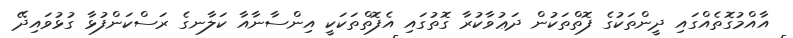
އާއްމުގޮތެއްގައި ދީންތަކުގެ ފޮތްތަކުން ދަޢުވާކުރާ ގޮތުގައި އެފޮތްތަކަކީ އިންސާނާއާ ކަލާނގެ ރަސްކަންފުޅާ ގުޅުވައިދޭ